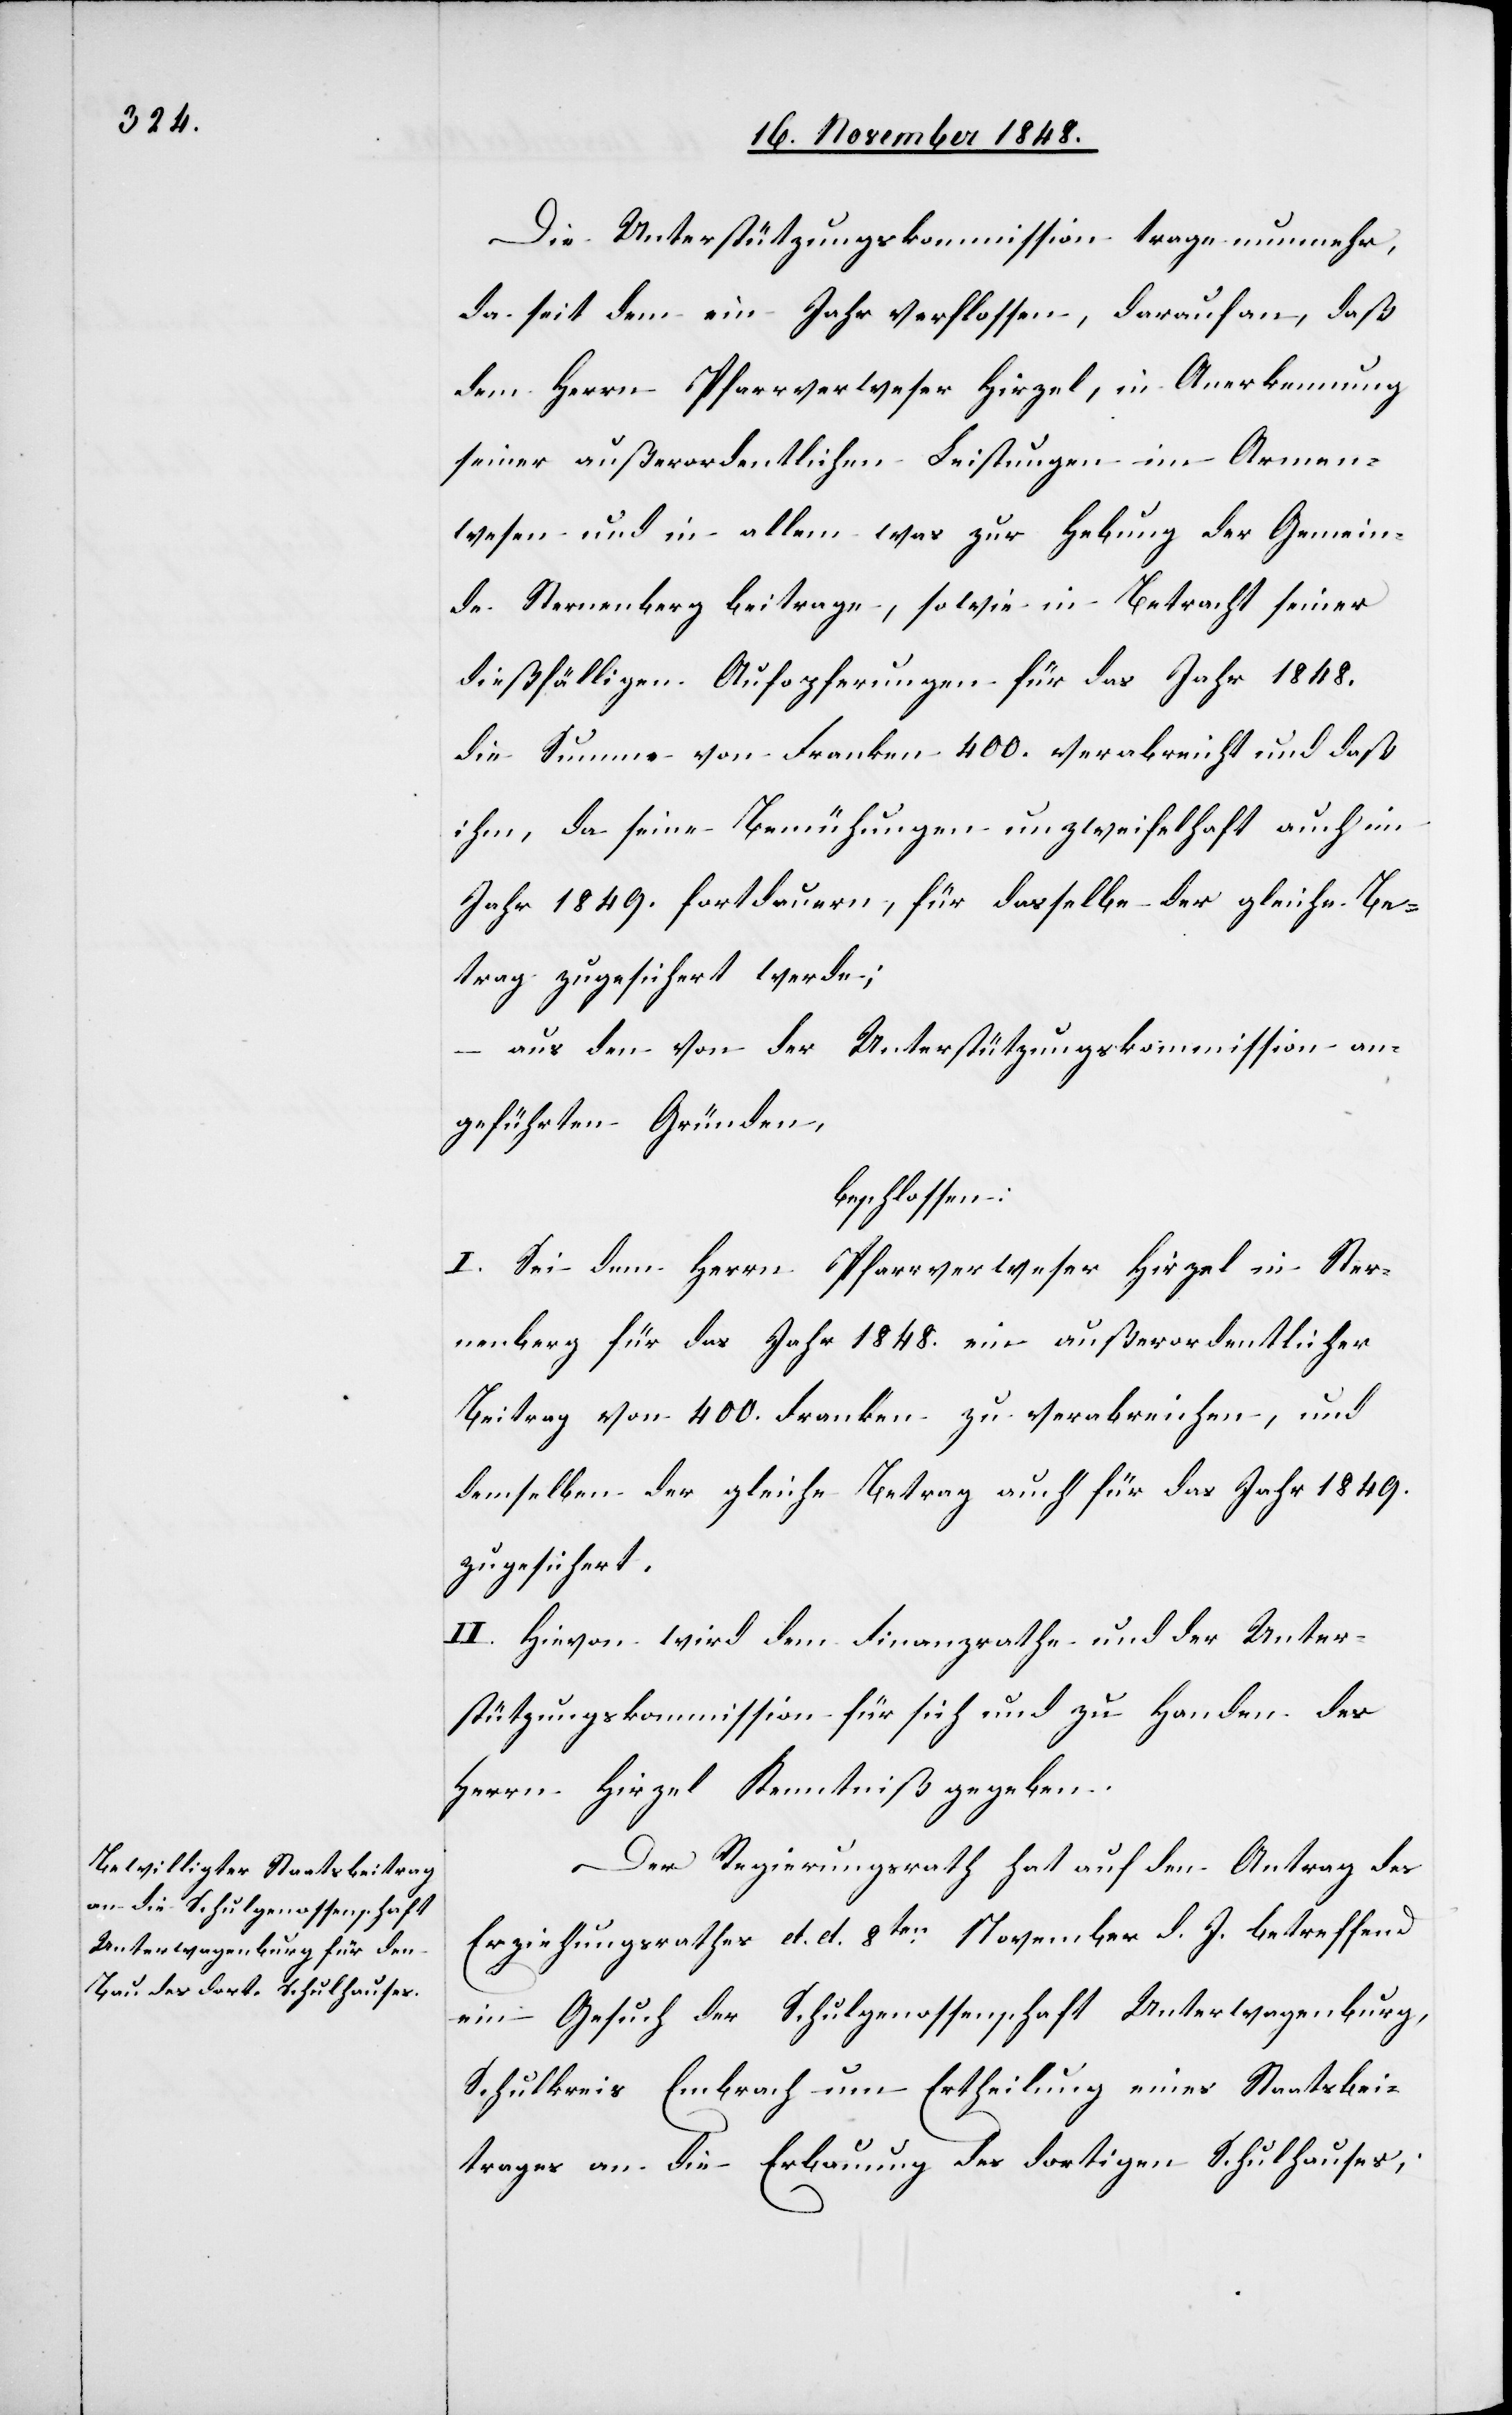
Die Unterstützungskommission trage nunmehr,
da seit dem ein Jahr verflossen, darauf an, daß
dem Herrn Pfarrverweser Hirzel, in Anerkennung
seiner außerordentlichen Leistungen im Armen¬
wesen und in allem was zur Hebung der Gemein¬
de Sternenberg beitrage, sowie in Betracht seiner
dießfälligen Aufopferungen für das Jahr 1848.
die Summe von Franken 400. verabreicht und daß
ihm, da seine Bemühungen unzweifelhaft auch im
Jahr 1849. fortdauern, für dasselbe der gleiche Be¬
trag zugesichert werde;
aus den von der Unterstützungskommission an¬
geführten Gründen.
beschlossen:
I. Sei dem Herrn Pfarrverweser Hirzel in Ster¬
nenberg für das Jahr 1848. ein außerordentlicher
Beitrag von 400. Franken zu verabreichen, und
demselben der gleiche Betrag auch für das Jahr 1849.
zugesichert.
II. Hievon wird dem Finanzrathe und der Unter¬
stützungskommission für sich und zu Handen des
Herrn Hirzel Kenntniß gegeben.
Der Regierungsrath hat auf den Antrag des
Erziehungsrathes d. d. 8ten November d. J. betreffend
ein Gesuch der Schulgenossenschaft Unterwagenburg,
Schulkreis Embrach um Ertheilung eines Staatsbei¬
trages an die Erbauung des dortigen Schulhauses;